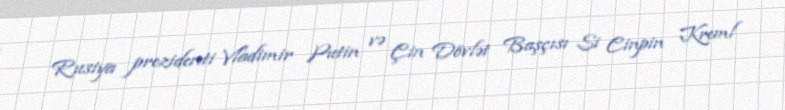
Rusiya prezidenti Vladimir Putin və Çin Dövlət Başçısı Si Cinpin Kreml